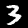
Label: 3